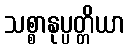
သစ္စာနုပ္ပတ္တိယာ